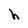
Character: h